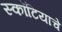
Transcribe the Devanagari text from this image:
स्कॉटियाचे